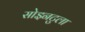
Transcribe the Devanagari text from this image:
सोइनटुला